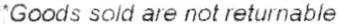
*GOODS SOLD ARE NOT RETURNABLE